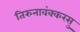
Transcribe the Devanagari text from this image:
तिरुनावंक्करसु